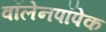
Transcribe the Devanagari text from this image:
वॉलेनपॉपेक